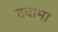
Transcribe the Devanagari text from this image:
दवामा